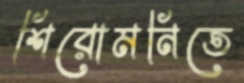
শিরোমনিতে